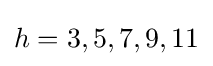
h=3,5,7,9,11